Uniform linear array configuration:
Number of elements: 24
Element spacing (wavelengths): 1
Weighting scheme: exponential
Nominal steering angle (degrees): -45
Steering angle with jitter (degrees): -45.017
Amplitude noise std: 0.05
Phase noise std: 0.05

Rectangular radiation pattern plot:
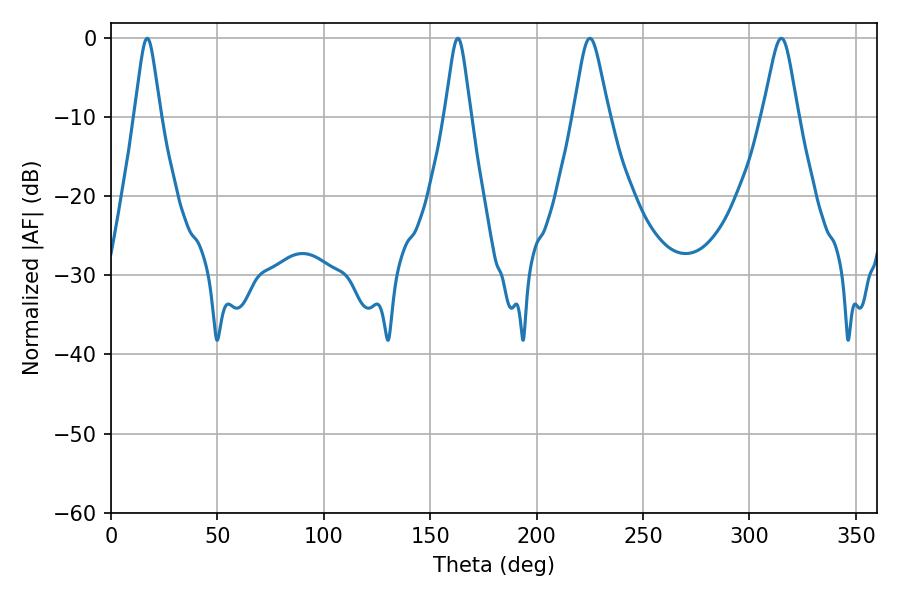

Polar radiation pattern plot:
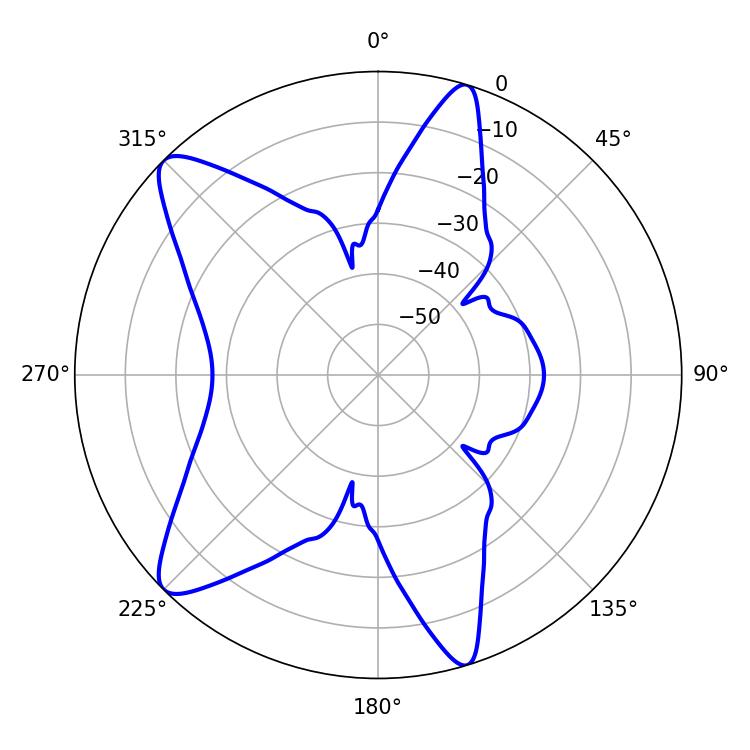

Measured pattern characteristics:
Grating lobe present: TRUE
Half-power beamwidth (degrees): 7.92
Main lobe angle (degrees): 225